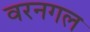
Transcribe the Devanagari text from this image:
वरनगल